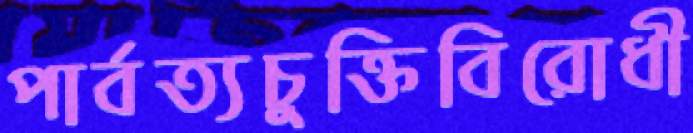
পার্বত্যচুক্তিবিরোধী